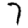
Digit: 7